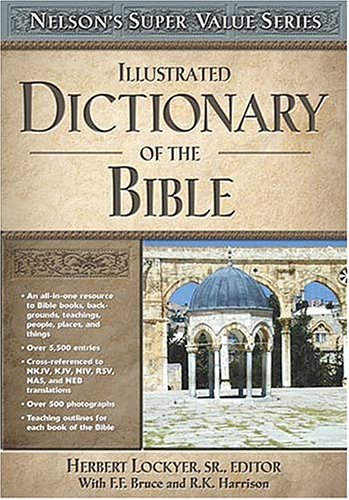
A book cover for Illustrated Dictionary of the Bible (Super Value Series); Christian Books & Bibles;